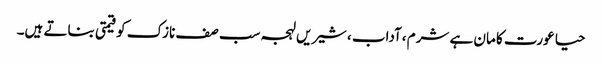
حیا عورت کا مان ہے شرم ،آداب ،شیریں لہجہ سب صف نازک کو قیمتی بناتے ہیں۔